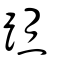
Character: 𨂂